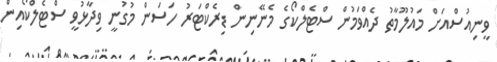
ވީނިއުސްއަށް މައުލޫމާތު ދެއްވަމުން ސްޓެލްކޯގެ މެނޭނިން ޑިރެކްޓަރު ހަސަން މުގުނީ ވިދާޅުވީ ސްޓެލްކޯއިން